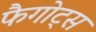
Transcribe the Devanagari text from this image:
फैगोट्स